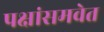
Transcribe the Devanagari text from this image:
पक्षांसमवेत